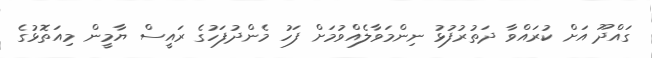
ގައްދޫ އަށް ކުރައްވާ ދަތުރުފުޅު ނިންމަވާލެއްވުމަށް ފަހު މެންދުފަހުގެ ރައީސް ޔާމީން މިއަތޮޅުގެ